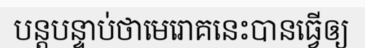
បន្តបន្ទាប់ថាមេរោគនេះបានធ្វើឲ្យ